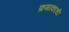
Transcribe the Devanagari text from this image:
क्रमाकाची